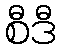
စီဒီ